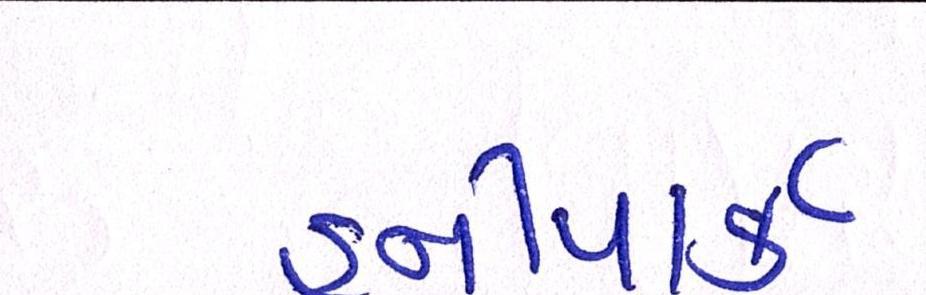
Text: હનીપાર્ક